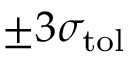
\pm 3 \sigma _ { \mathrm { t o l } }